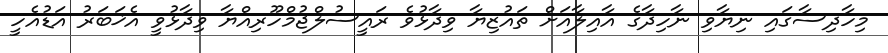
މިހާދިސާގައި ނިޔާވި ނާހިދާގެ އާއިލާއަށް ތައުޒިޔާ ވިދާޅުވެ ރައީސުލްޖުމްހޫރިއްޔާ ވިދާޅުވީ އެޚަބަރު އަޑުއެހީ